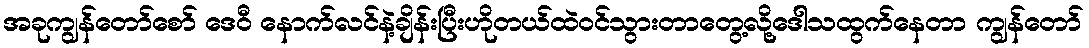
အခုကျွန်တော်စော် ဒေဝီ နောက်လင်နဲ့ချိန်းပြီးဟိုတယ်ထဲဝင်သွားတာတွေ့လို့ဒေါသထွက်နေတာ ကျွန်တော်